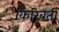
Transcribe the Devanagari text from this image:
किरिबती